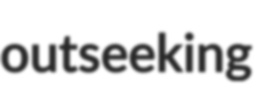
outseeking